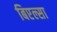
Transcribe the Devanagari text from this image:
बिएल्सा